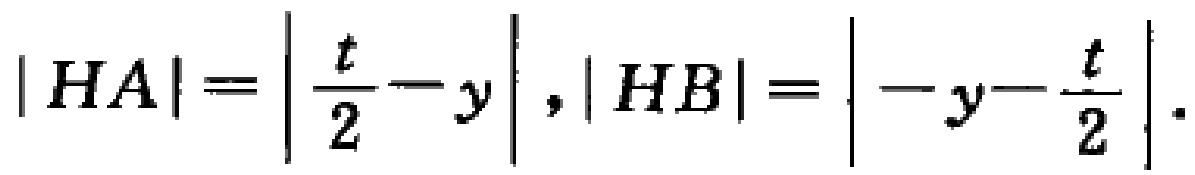
\(|HA|=\left|\frac{t}{2}-y\right|,|HB|=\left|-y - \frac{t}{2}\right|.\)